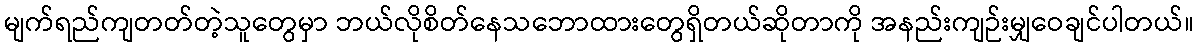
မျက်ရည်ကျတတ်တဲ့သူတွေမှာ ဘယ်လိုစိတ်နေသဘောထားတွေရှိတယ်ဆိုတာကို အနည်းကျဉ်းမျှဝေချင်ပါတယ်။